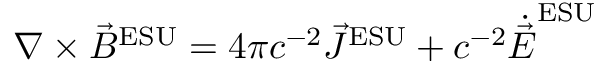
\nabla \times { \vec { B } } ^ { \mathrm { E S U } } = 4 \pi c ^ { - 2 } { \vec { J } } ^ { \mathrm { E S U } } + c ^ { - 2 } { \dot { \vec { E } } } ^ { \mathrm { E S U } }